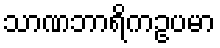
သာဏဘာရိကဥပမာ